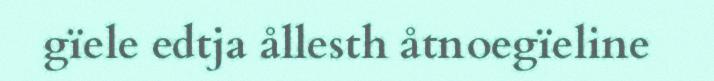
gïele edtja ållesth åtnoegïeline